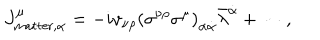
J _ { \mathrm { m a t t e r } , \alpha } ^ { \mu } = - i v _ { \nu \rho } \left( \sigma ^ { \nu \rho } \sigma ^ { \mu } \right) _ { \alpha \dot { \alpha } } \bar { \lambda } ^ { \dot { \alpha } } + \cdots ,